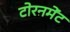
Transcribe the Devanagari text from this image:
टोरनमेंट